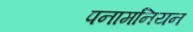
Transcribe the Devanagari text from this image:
पनामनियन